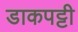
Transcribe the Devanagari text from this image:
डाकपट्टी